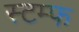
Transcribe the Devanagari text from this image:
स्टम्फ